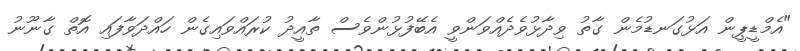
"އެމްޑީޕީން އަޅުގަނޑުމެން ގާތު ވިދާޅުވެދެއްވަންވީ އެބޭފުޅުންވެސް ތާއީދު ކުރައްވައިގެން ހައްދަވާފައި އޮތް ގާނޫނު